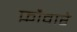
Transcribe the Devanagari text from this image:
फ़ौवारे